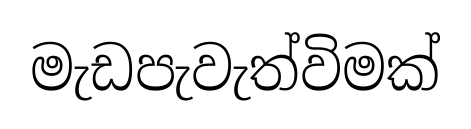
මැඩපැවැත්විමක්